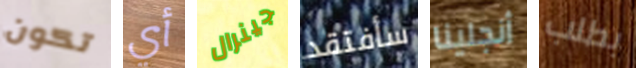
تكون أي جينرال سأفتقد أنجلينا بطلب